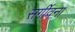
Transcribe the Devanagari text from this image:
सर्गीवना